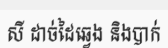
សី ដាច់ដៃឆ្វេង និងបាក់